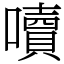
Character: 𡂝